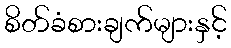
စိတ်ခံစားချက်များနှင့်